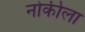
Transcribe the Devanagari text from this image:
नोकीला